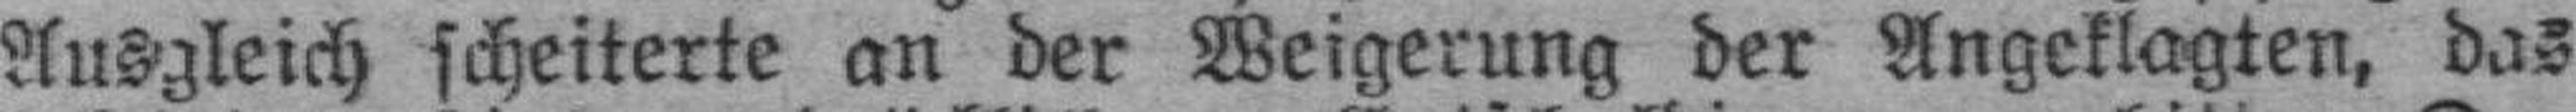
Ausgleich scheiterte an der Weigerung der Angeklagten, das